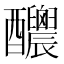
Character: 𨤉